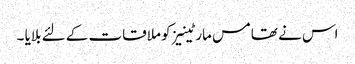
اس نے تھامس مارٹینیز کو ملاقات کے لئے بلایا ۔